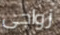
زواجى